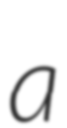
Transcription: a